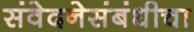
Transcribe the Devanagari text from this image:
संवेदनेसंबंधीचा